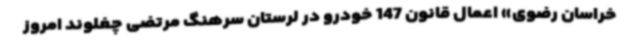
خراسان رضوی» اعمال قانون 147 خودرو در لرستان سرهنگ مرتضی چغلوند امروز